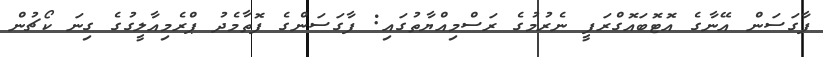
ފާގަސަން އޭނާގެ އޮޓޮބައޮގްރަފީ ނެރުމުގެ ރަސްމިއްޔާތުގައި: ފާގަސަންގެ ފޮތާމެދު ޕްރެމިއާލީގުގެ ގިނަ ކޯޗުން